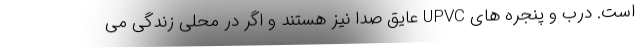
است. درب و پنجره های UPVC عایق صدا نیز هستند و اگر در محلی زندگی می